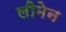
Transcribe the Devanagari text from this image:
लीमेन